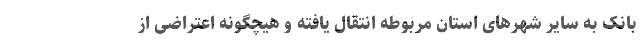
بانک به سایر شهرهای استان مربوطه انتقال یافته و هیچگونه اعتراضی از